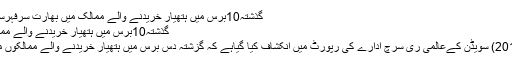
گذشتہ10برس میں ہتھیار خریدنے والے ممالک میں بھارت سرفہرست | Abb Takk News
گذشتہ10برس میں ہتھیار خریدنے والے ممالک میں بھارت سرفہرست
اسٹاک ہوم : (13 مارچ 2018) سویڈن کےعالمی ری سرچ ادارے کی رپورٹ میں انکشاف کیا گیاہے کہ گزشتہ دس برس میں ہتھیار خریدنے والے ممالکوں میں بھارت سر فہرست ہے۔